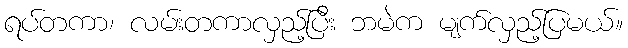
ရပ်တကာ၊ လမ်းတကာလှည့်ပြီး ဘမဲက မျက်လှည့်ပြမယ်။